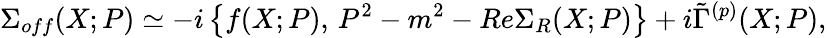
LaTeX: \Sigma_{off}(X;P)\simeq-i\left\{ f(X;P),\, P^{2}-m^{2}-Re\Sigma_{R}(X;P)\right\} +i\tilde{\Gamma}^{(p)}(X;P),